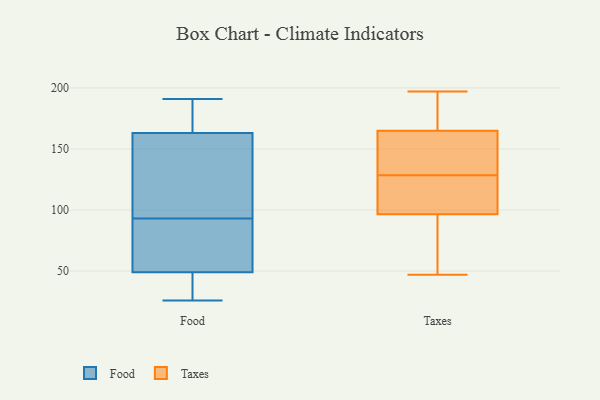
{"axis": {"x": "LTV (USD)", "y": "Value"}, "legend": ["Food", "Taxes"], "data": [{"x": "", "y": 129, "type": "Food"}, {"x": "", "y": 125, "type": "Food"}, {"x": "", "y": 26, "type": "Food"}, {"x": "", "y": 47, "type": "Food"}, {"x": "", "y": 187, "type": "Food"}, {"x": "", "y": 86, "type": "Food"}, {"x": "", "y": 100, "type": "Food"}, {"x": "", "y": 52, "type": "Food"}, {"x": "", "y": 163, "type": "Food"}, {"x": "", "y": 184, "type": "Food"}, {"x": "", "y": 49, "type": "Food"}, {"x": "", "y": 191, "type": "Food"}, {"x": "", "y": 46, "type": "Food"}, {"x": "", "y": 70, "type": "Food"}, {"x": "", "y": 111, "type": "Taxes"}, {"x": "", "y": 197, "type": "Taxes"}, {"x": "", "y": 47, "type": "Taxes"}, {"x": "", "y": 87, "type": "Taxes"}, {"x": "", "y": 69, "type": "Taxes"}, {"x": "", "y": 151, "type": "Taxes"}, {"x": "", "y": 100, "type": "Taxes"}, {"x": "", "y": 93, "type": "Taxes"}, {"x": "", "y": 168, "type": "Taxes"}, {"x": "", "y": 136, "type": "Taxes"}, {"x": "", "y": 130, "type": "Taxes"}, {"x": "", "y": 127, "type": "Taxes"}, {"x": "", "y": 188, "type": "Taxes"}, {"x": "", "y": 114, "type": "Taxes"}, {"x": "", "y": 162, "type": "Taxes"}, {"x": "", "y": 175, "type": "Taxes"}]}